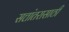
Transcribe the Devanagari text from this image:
सत्तांतरासाठी